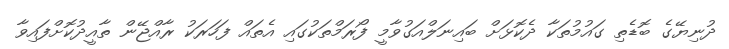
ދުނިޔޭގެ ބޮޑެތި ގައުމުތަކާ ދެކޮޅަށް ބައިނަލްއަގުވާމީ ފޯރަމްތަކުގައި އެތައް ފަހަރަކު ރާއްޖޭން ތާއީދުކޮށްފައިވާ